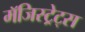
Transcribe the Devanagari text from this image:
मॅजिस्ट्रेट्स